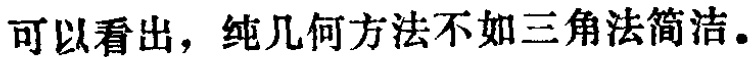
可以看出，纯几何方法不如三角法简洁。